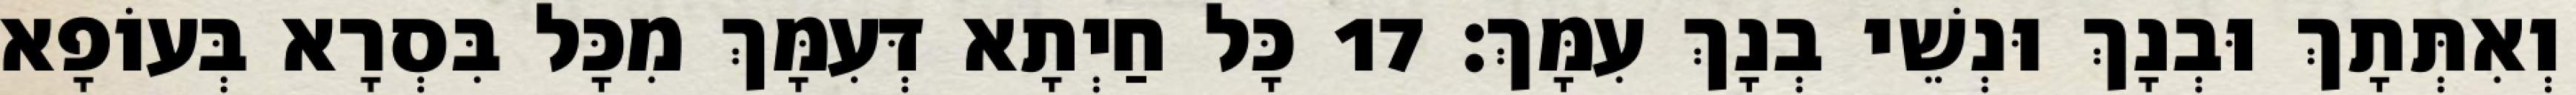
וְאִתְּתָךְ וּבְנָךְ וּנְשֵׁי בְנָךְ עִמָּךְ׃ 17 כָּל חַיְתָא דְּעִמָּךְ מִכָּל בִּסְרָא בְּעוֹפָא